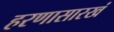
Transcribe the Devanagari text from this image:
हरणासारखं